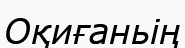
Оқиғаньің